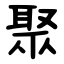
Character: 聚